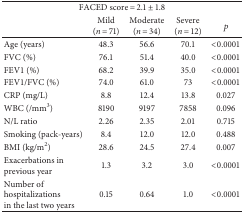
<table><thead><tr><td colspan="5"><b>FACED score = 2.1 ± 1.8</b></td></tr><tr><td><b> </b></td><td><b>Mild (<i>n</i> = 71)</b></td><td><b>Moderate (<i>n</i> = 34)</b></td><td><b>Severe (<i>n</i> = 12)</b></td><td><b><i>p</i></b></td></tr></thead><tbody><tr><td>Age (years)</td><td>48.3</td><td>56.6</td><td>70.1</td><td>&lt;0.0001</td></tr><tr><td>FVC (%)</td><td>76.1</td><td>51.4</td><td>40.0</td><td>&lt;0.0001</td></tr><tr><td>FEV1 (%)</td><td>68.2</td><td>39.9</td><td>35.0</td><td>&lt;0.0001</td></tr><tr><td>FEV1/FVC (%)</td><td>74.0</td><td>61.0</td><td>73</td><td>&lt;0.0001</td></tr><tr><td>CRP (mg/L)</td><td>8.8</td><td>12.4</td><td>13.8</td><td>0.027</td></tr><tr><td>WBC (/mm<sup>3</sup>)</td><td>8190</td><td>9197</td><td>7858</td><td>0.096</td></tr><tr><td>N/L ratio</td><td>2.26</td><td>2.35</td><td>2.01</td><td>0.715</td></tr><tr><td>Smoking (pack-years)</td><td>8.4</td><td>12.0</td><td>12.0</td><td>0.488</td></tr><tr><td>BMI (kg/m<sup>2</sup>)</td><td>28.6</td><td>24.5</td><td>27.4</td><td>0.007</td></tr><tr><td>Exacerbations in previous year</td><td>1.3</td><td>3.2</td><td>3.0</td><td>&lt;0.0001</td></tr><tr><td>Number of hospitalizations in the last two years</td><td>0.15</td><td>0.64</td><td>1.0</td><td>&lt;0.0001</td></tr></tbody></table>